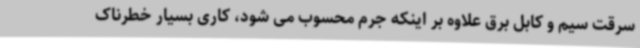
سرقت سیم و کابل برق علاوه بر اینکه جرم محسوب می شود، کاری بسیار خطرناک